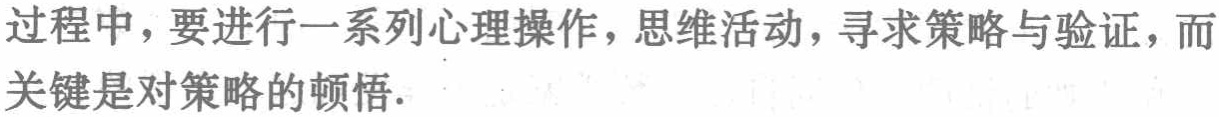
过程中，要进行一系列心理操作，思维活动，寻求策略与验证，而关键是对策略的顿悟.